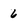
Character: 6